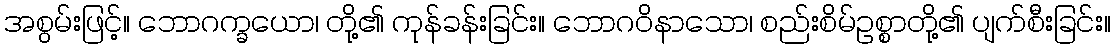
အစွမ်းဖြင့်။ ဘောဂက္ခယော၊ တို့၏ ကုန်ခန်းခြင်း။ ဘောဂဝိနာသော၊ စည်းစိမ်ဥစ္စာတို့၏ ပျက်စီးခြင်း။